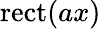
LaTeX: \operatorname{rect}(ax)